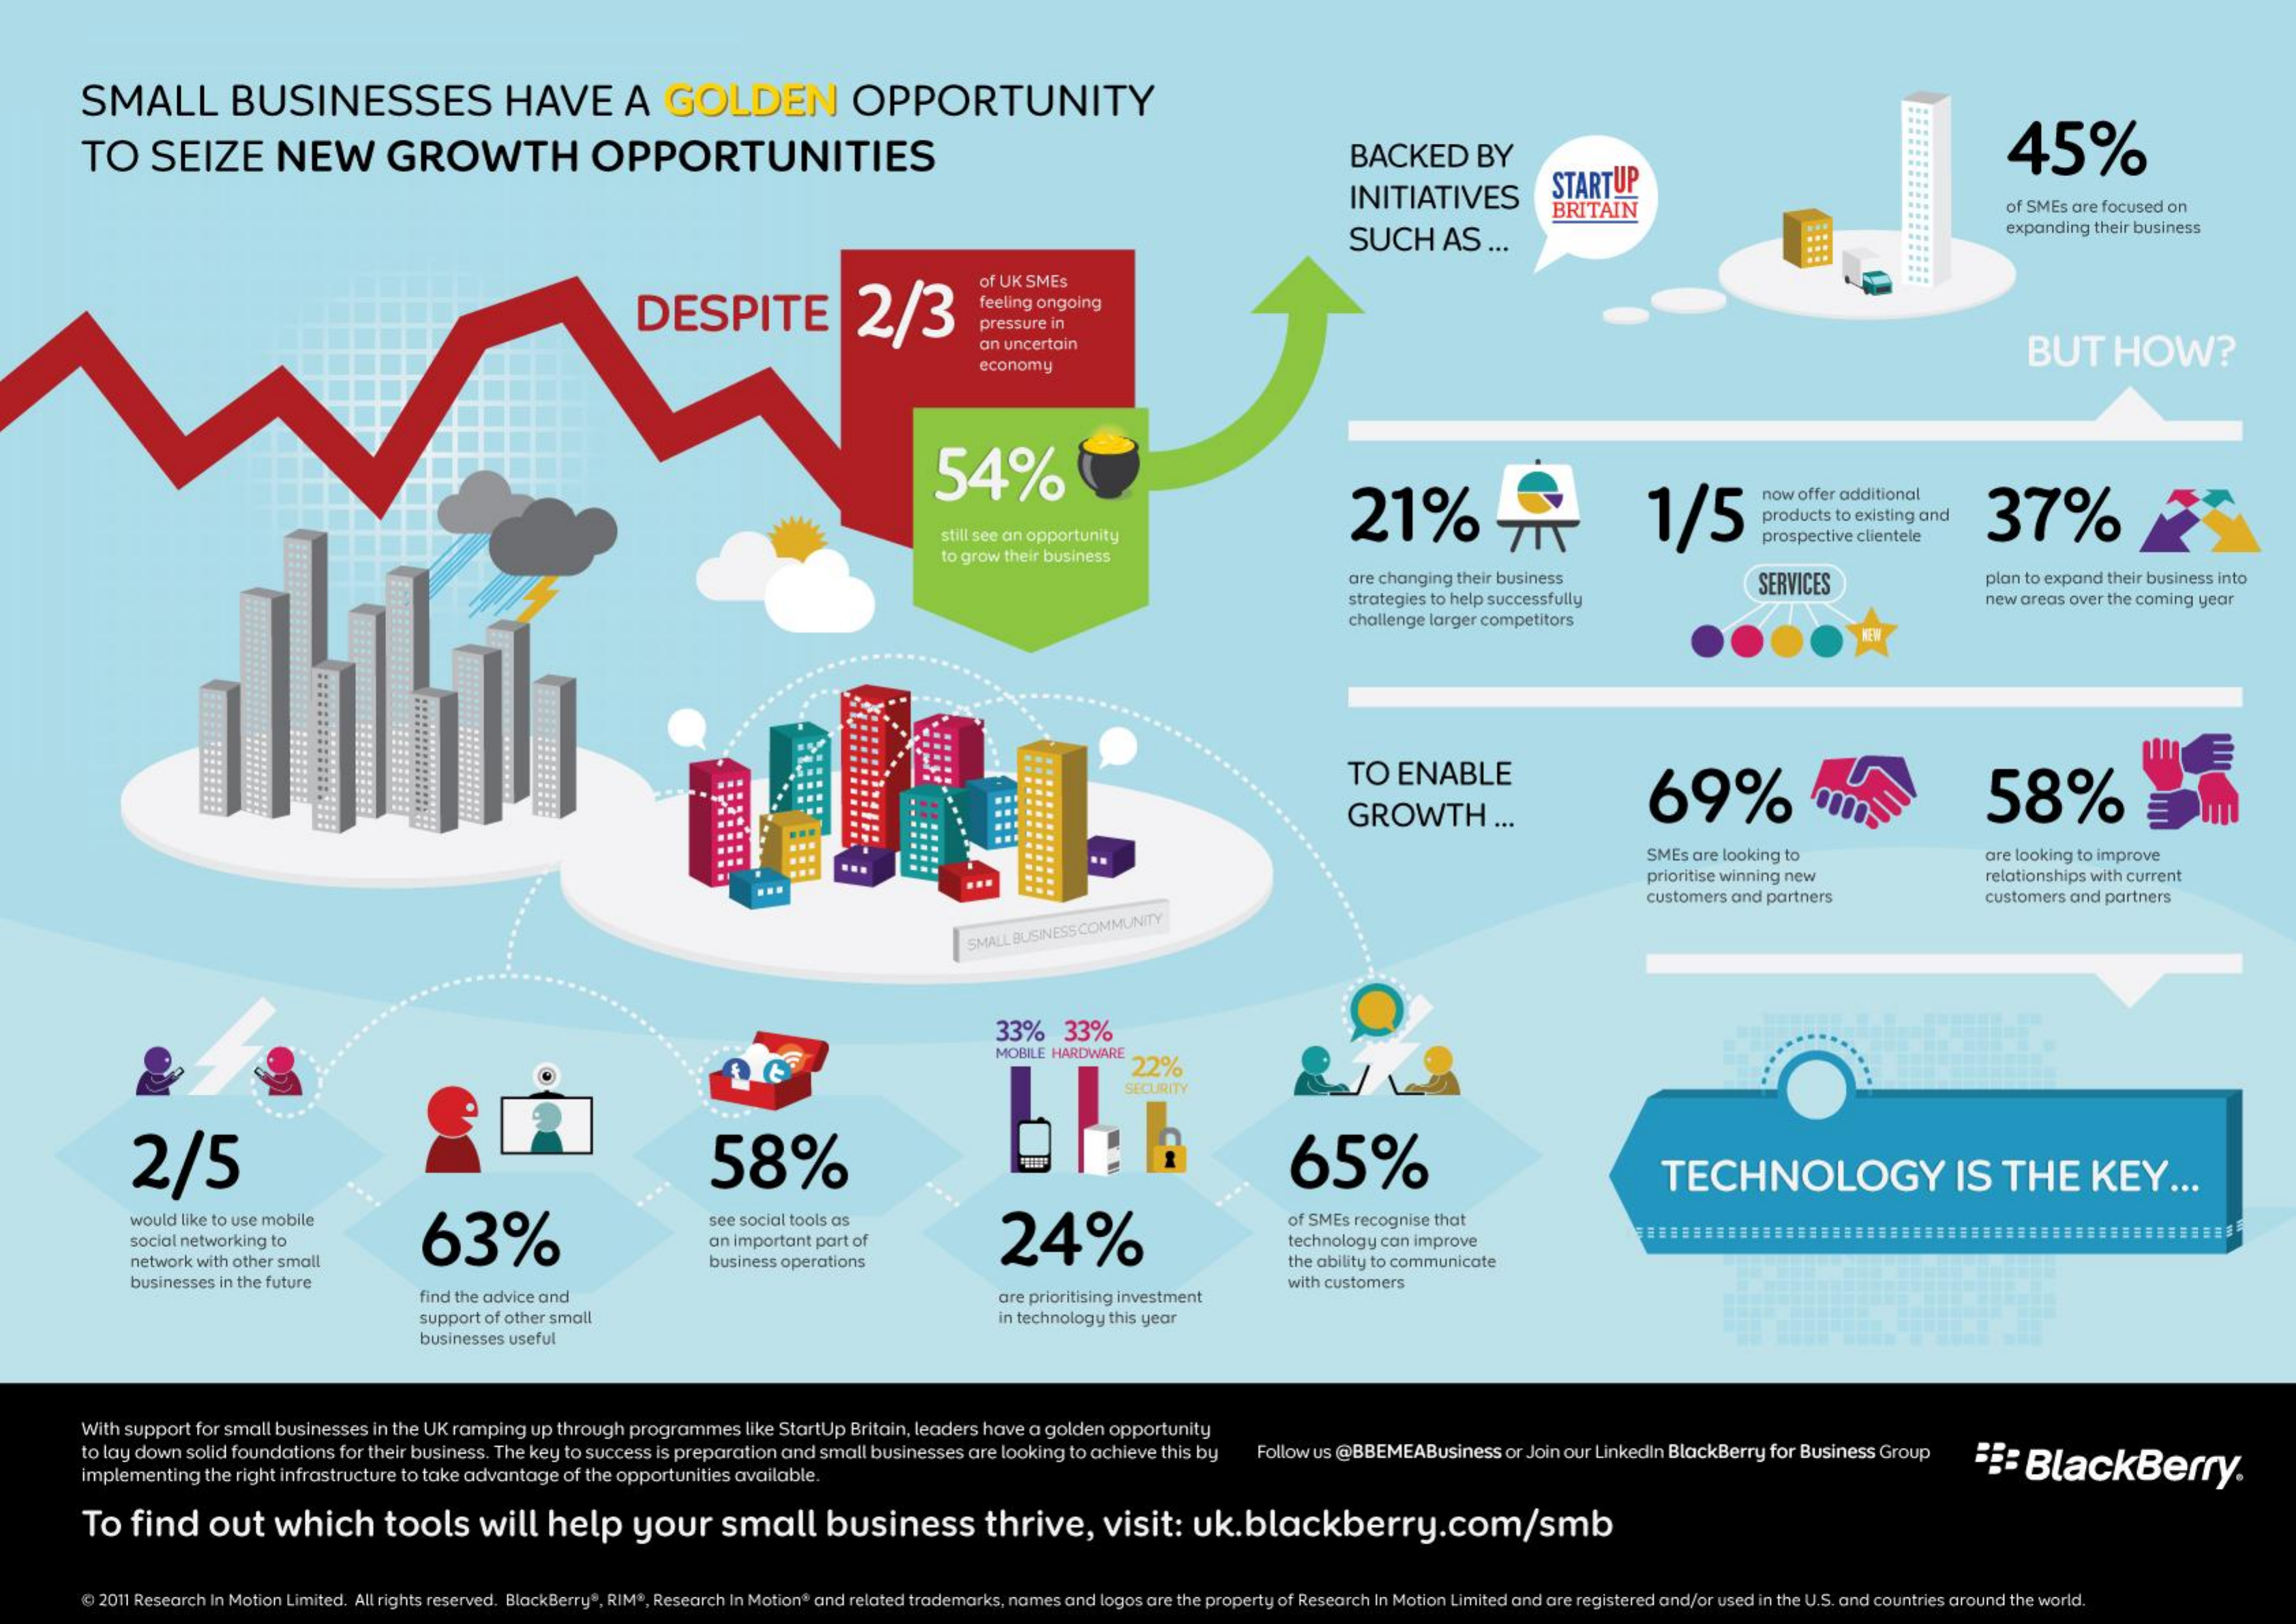
SMALL    BUSINESSES    HAVE    A    GOLDEN    OPPORTUNITY
     TO    SEIZE    NEW    GROWTH    OPPORTUNITIES    BACKED    BY    45%
     INITIATIVES    STARTUP
     SUCH    AS    ...
     BRITAIN    of 5MEs are focused on
     expanding  their business
     DESPITE    2/3
     of UK SMES
     feeling ongoing
     pressure in
     an uncertain    BUT    HOW?
     economy
     54%
     21%    1/5
     now  offer additional
     TTT    37%
     still see an opportunity
     products to existing and
     prospective clientele
     to grow their business
     are changing  their business
     strategies to help successfully
     SERVICES    plan to expand their business into
     new  areas over the coming year
     challenge larger competitors
     TO    ENABLE
     69%    58%
     GROWTH    ...
     ...
     ...    SMEs  are looking to    are looking to improve
     ...
     prioritise winning new    relationships with current
     customers  and partners    customers  and partners
     SMALL BUSINESS COMMUNITY
     33%    33%
     MOBILE HARDWARE
     22%
     SECURITY
     2/5    58%    65%    TECHNOLOGY    IS    THE    KEY    ...
     would  like to use mobile
     63%
     see social tools as
     24%
     of SMES recognise that
     social networking to    an important part of    technology can improve
     network with other small    business operations    the ability to communicate
     businesses in the future
     find the advice and    are prioritising investment
     with customers
     support of other small    in technology this year
     businesses useful
     With support  for small businesses  in the UK ramping   up through  programmes    like StartUp Britain, leaders have a  golden  opportunity
     to lay down  solid foundations  for their business. The key to success is preparation  and  small businesses  are looking  to achieve this by    Follow us @BBEMEABusiness    or Join our Linkedin BlackBerry for Business  Group    ":    BlackBerry. implementing the right infrastructure to take advantage of the opportunities available.
     To    find    out    which    tools    will    help    your    small    business    thrive,    visit:    uk.blackberry.com/smb
     @ 2011 Research In Motion Limited. Al    In Motion® and related trademarks, names and  logos are the property of Research In Motion Limited    s around the world.